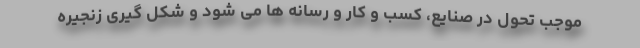
موجب تحول در صنایع، کسب و کار و رسانه ها می شود و شکل گیری زنجیره